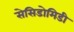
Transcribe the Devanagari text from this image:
सेसिडोमिडी